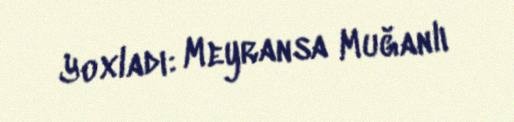
Yoxladı: Meyransa Muğanlı